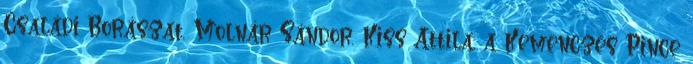
Családi Borászat, Molnár Sándor, Kiss Attila, a Kemenczés Pince